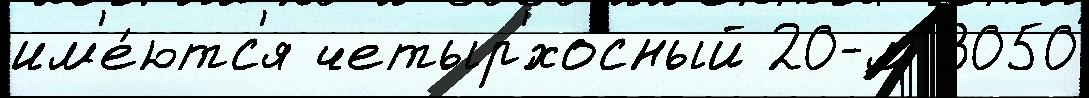
им'е́ютс'я четыр'́хосный 20-м 3050